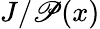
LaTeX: J/\mathscr{P}(x)